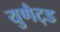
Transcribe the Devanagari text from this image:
युणैट्ड